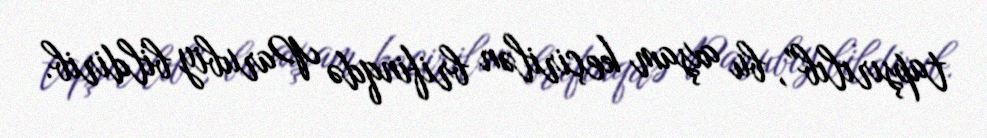
tapşırılıb”, bu axşam keçirilən brifinqdə Parubiy bildirib.